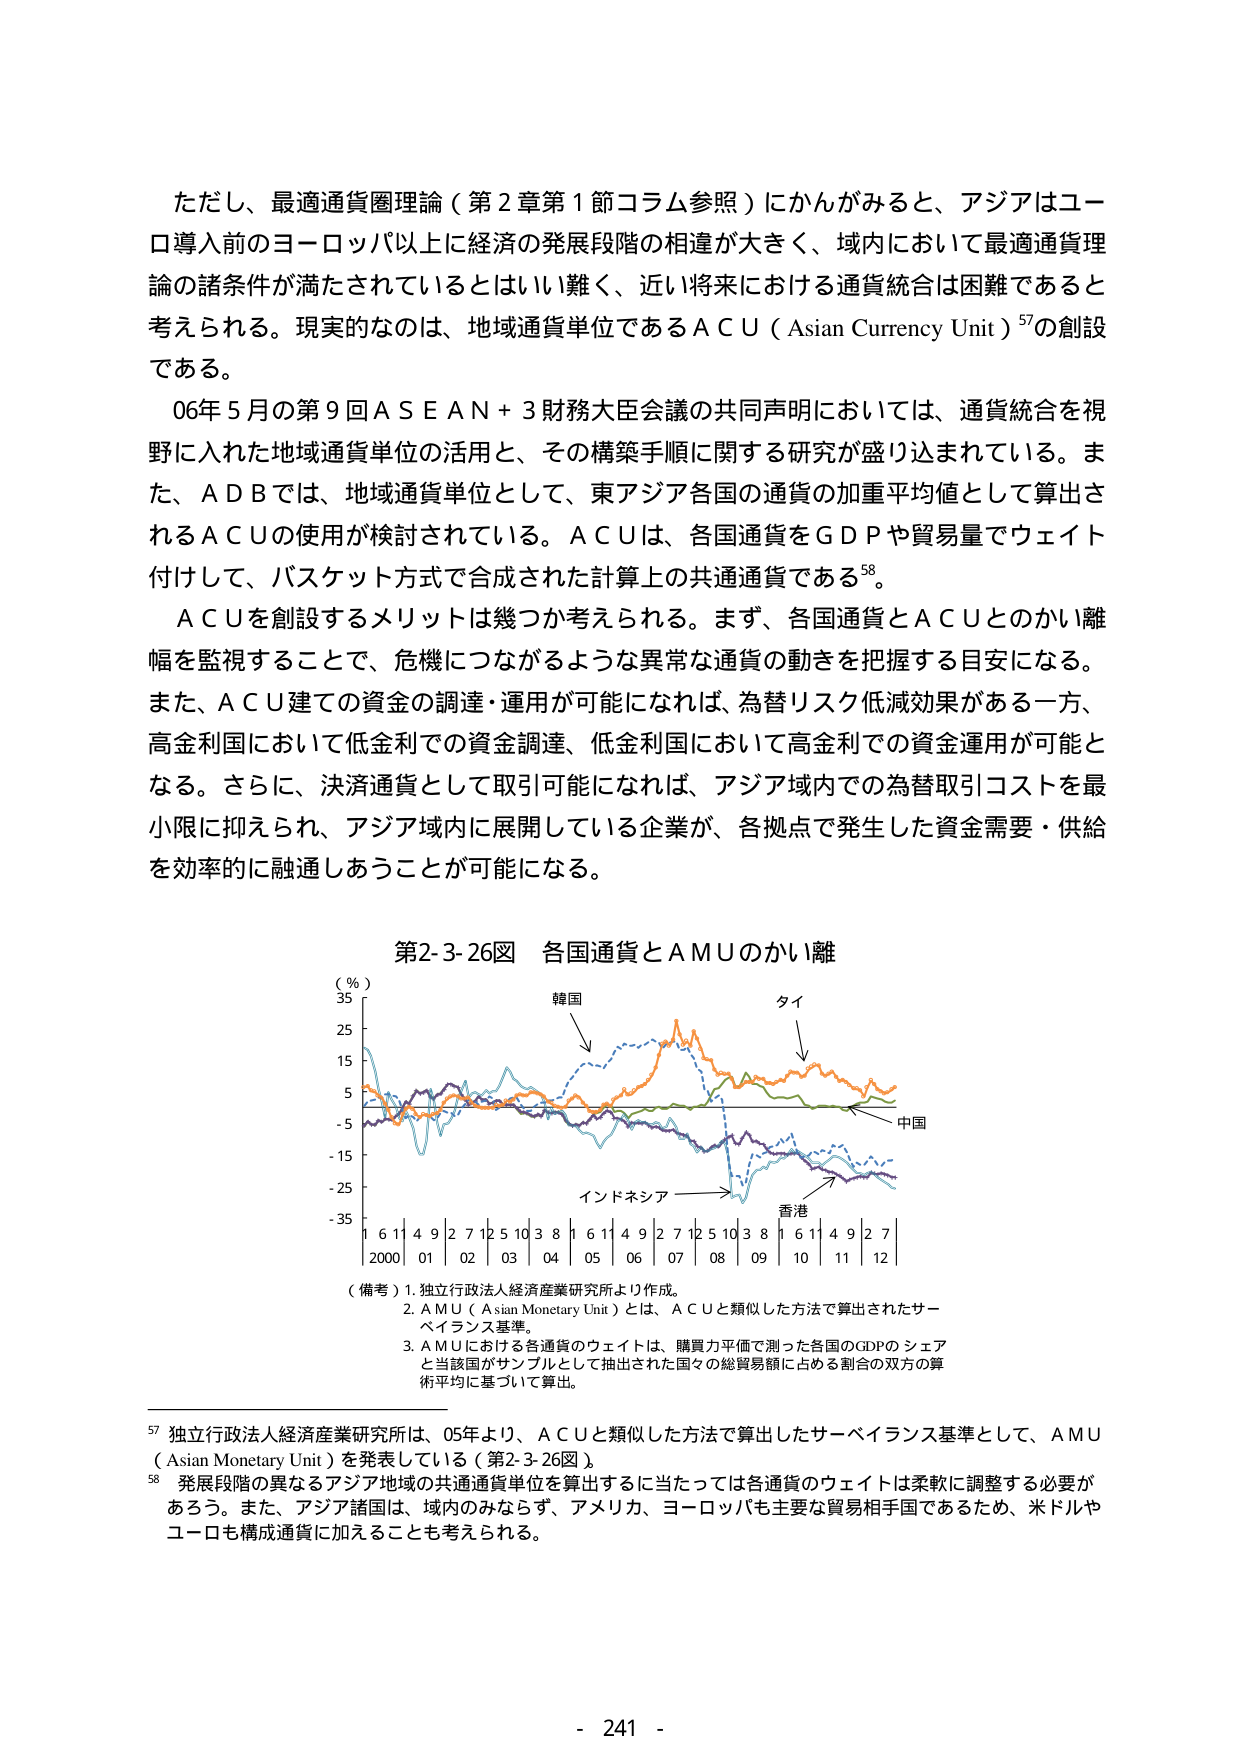
ただし、最適通貨圏理論（第2章第1節コラム参照）にかんがみると、アジアはユーロ導入前のヨーロッパ以上に経済の発展段階の相違が大きく、域内において最適通貨理論の諸条件が満たされているとはいい難く、近い将来における通貨統合は困難であると考えられる。現実的なのは、地域通貨単位であるＡＣＵ（Asian Currency Unit）⁵⁷の創設である。

06年5月の第9回ＡＳＥＡＮ＋3財務大臣会議の共同声明においては、通貨統合を視野に入れた地域通貨単位の活用と、その構築手順に関する研究が盛り込まれている。また、ＡＤＢでは、地域通貨単位として、東アジア各国の通貨の加重平均値として算出されるＡＣＵの使用が検討されている。ＡＣＵは、各国通貨をＧＤＰや貿易量でウェイト付けして、バスケット方式で合成された計算上の共通通貨である⁵⁸。

ＡＣＵを創設するメリットは幾つか考えられる。まず、各国通貨とＡＣＵとのかい離幅を監視することで、危機につながるような異常な通貨の動きを把握する目安になる。また、ＡＣＵ建ての資金の調達・運用が可能になれば、為替リスク低減効果がある一方、高金利国において低金利での資金調達、低金利国において高金利での資金運用が可能となる。さらに、決済通貨として取引可能になれば、アジア域内での為替取引コストを最小限に抑えられ、アジア域内に展開している企業が、各拠点で発生した資金需要・供給を効率的に融通しあうことが可能になる。

第2-3-26図 各国通貨とＡＭＵのかい離

（％）
35
25
15
5
-5
-15
-25
-35

韓国
→
タイ
→
中国
→
インドネシア →
香港 →
1 6 1 4 9 2 7 12 5 10 3 8 1 6 1 4 9 2 7 12 5 10 3 8 1 6 1 4 9 2 7
2000 01 02 03 04 05 06 07 08 09 10 11 12

（備考）1. 独立行政法人経済産業研究所より作成。
2. ＡＭＵ（Asian Monetary Unit）とは、ＡＣＵと類似した方法で算出されたサーベイランス基準。
3. ＡＭＵにおける各通貨のウェイトは、購買力平価で測った各国のＧＤＰのシェアと当該国がサンプルとして抽出された国々の総貿易額に占める割合の双方の算術平均に基づいて算出。

⁵⁷ 独立行政法人経済産業研究所は、05年より、ＡＣＵと類似した方法で算出したサーベイランス基準として、ＡＭＵ（Asian Monetary Unit）を発表している（第2-3-26図）。
⁵⁸ 発展段階の異なるアジア地域の共通通貨単位を算出するに当たっては各通貨のウェイトは柔軟に調整する必要があろう。また、アジア諸国は、域内のみならず、アメリカ、ヨーロッパも主要な貿易相手国であるため、米ドルやユーロも構成通貨に加えることも考えられる。

- 241 -